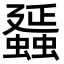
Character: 䗺